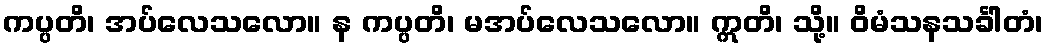
ကပ္ပတိ၊ အပ်လေသလော။ န ကပ္ပတိ၊ မအပ်လေသလော။ ဣတိ၊ သို့။ ဝိမံသနသင်္ခါတံ၊